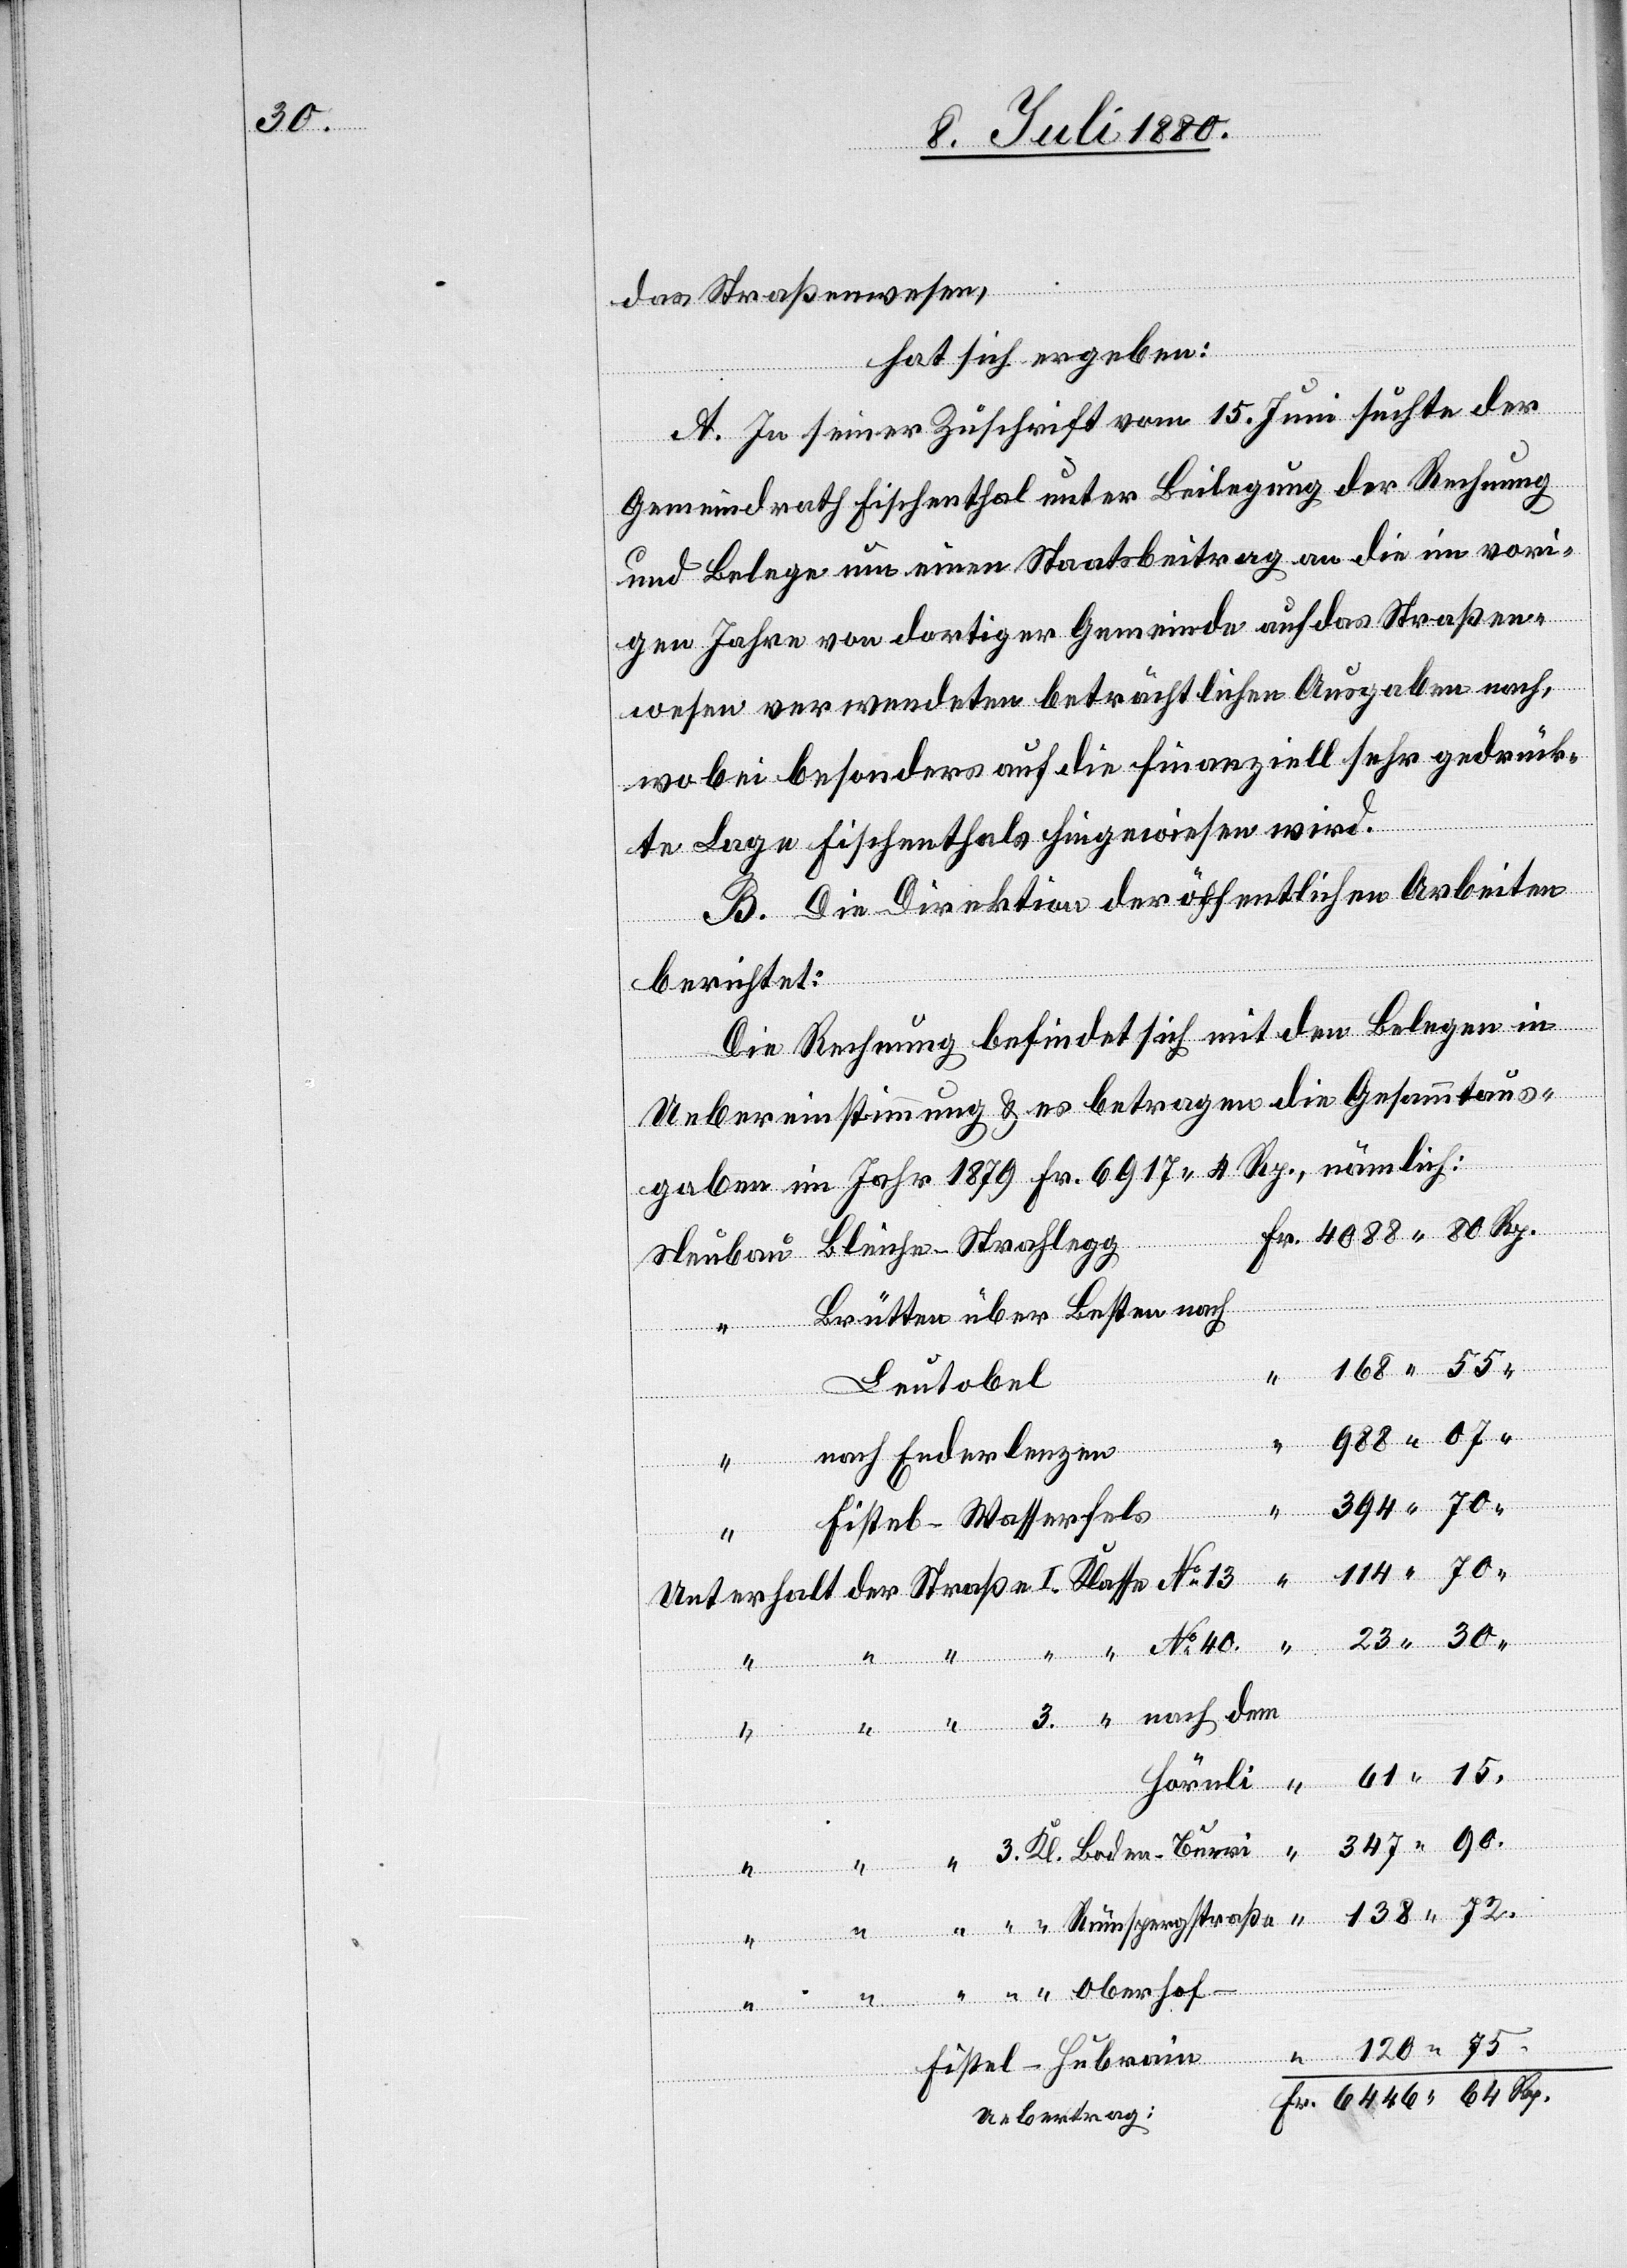
90.

das Straßenwesen,
hat sich ergeben:
A. In seiner Zuschrift vom 15. Juni suchte der
Gemeindrath Fischenthal unter Beilegung der Rechnung
und Belege um einen Staatsbeitrag an die im vori¬
gen Jahre von dortiger Gemeinde auf das Straßen¬
dem
wesen verwendeten beträchtlichen Ausgaben nach,
wobei besonders auf die finanziell sehr gedrück¬
te Lage Fischenthals hingewiesen wird.
B. Die Direktion der öffentlichen Arbeiten
berichtet:
Die Rechnung befindet sich mit den Belegen in
Uebereinstimmung & es betragen die Gesamtaus¬
gaben im Jahr 1879 Fr. 6917 4 Rp., nämlich:
Brütten über Besten nach
Leutobel
nach Enderlenzen
75.
Fistel-Wasserfels
Unterhalt der Straße I. Klasse
traße
3. Kl. Boden–Burri
“